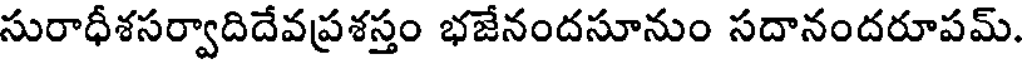
సురాధీశసర్వాదిదేవప్రశస్తం భజేనందసూనుం సదానందరూపమ్.